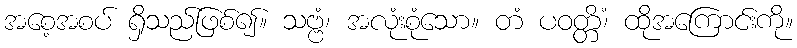
အစေ့အစပ် ရှိသည်ဖြစ်၍။ သဗ္ဗံ၊ အလုံးစုံသော။ တံ ပဝတ္တိံ၊ ထိုအကြောင်းကို။